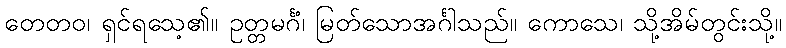
တေတဝ၊ ရှင်ရသေ့၏။ ဥတ္တမင်္ဂံ၊ မြတ်သောအင်္ဂါသည်။ ကောသေ၊ သို့အိမ်တွင်းသို့။